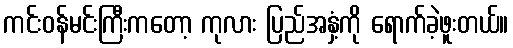
ကင်းဝန်မင်းကြီးကတော့ ကုလား ပြည်အနှံ့ကို ရောက်ခဲ့ဖူးတယ်။